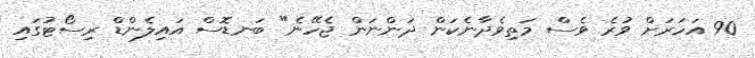
90 އަހަރަށް ވުރެ ވެސް މަތިވެދާނެކަން ދަންނަން ޖެހޭނެ" ބަނޑޮސް އައިލެންޑް ރިސޯޓުގައި